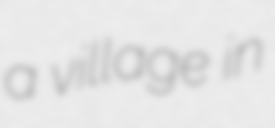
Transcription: a village in